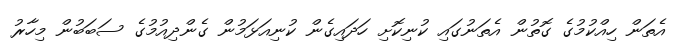
އެތަން ހިއްކުމުގެ ގޮތުން އެތަނުގައި ކުނިކޮށި ހަދައިގެން ކުނިއަޅަމުން ގެންދިއުމުގެ ސަބަބުން މިހާރު